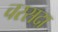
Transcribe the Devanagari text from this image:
चरसदा